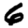
Digit: 6